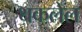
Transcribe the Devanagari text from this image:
थकलेल